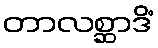
တာလစ္ဆာဒိံ